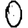
Digit: 0